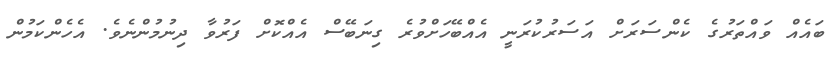
ބައެއް ވައްތަރުގެ ކެންސަރަށް އަސަރުކުރަނީ އެއްބޭހަށްވުރެ ގިނަބޭސް އެއްކޮށް ފަރުވާ ދިނުމުންނެވެ. އެހެންކަމުން